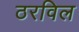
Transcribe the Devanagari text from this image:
ठरविल